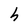
Character: h